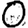
Digit: 0